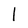
Character: l